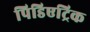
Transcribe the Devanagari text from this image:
पिडिएट्रिक